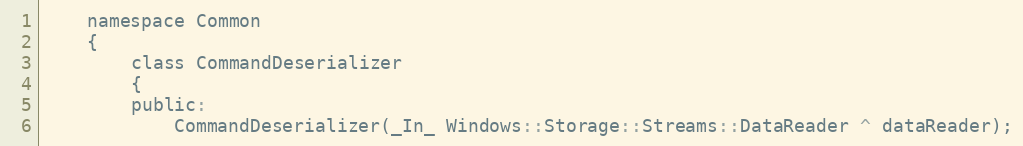
Language: C
    namespace Common
    {
        class CommandDeserializer
        {
        public:
            CommandDeserializer(_In_ Windows::Storage::Streams::DataReader ^ dataReader);